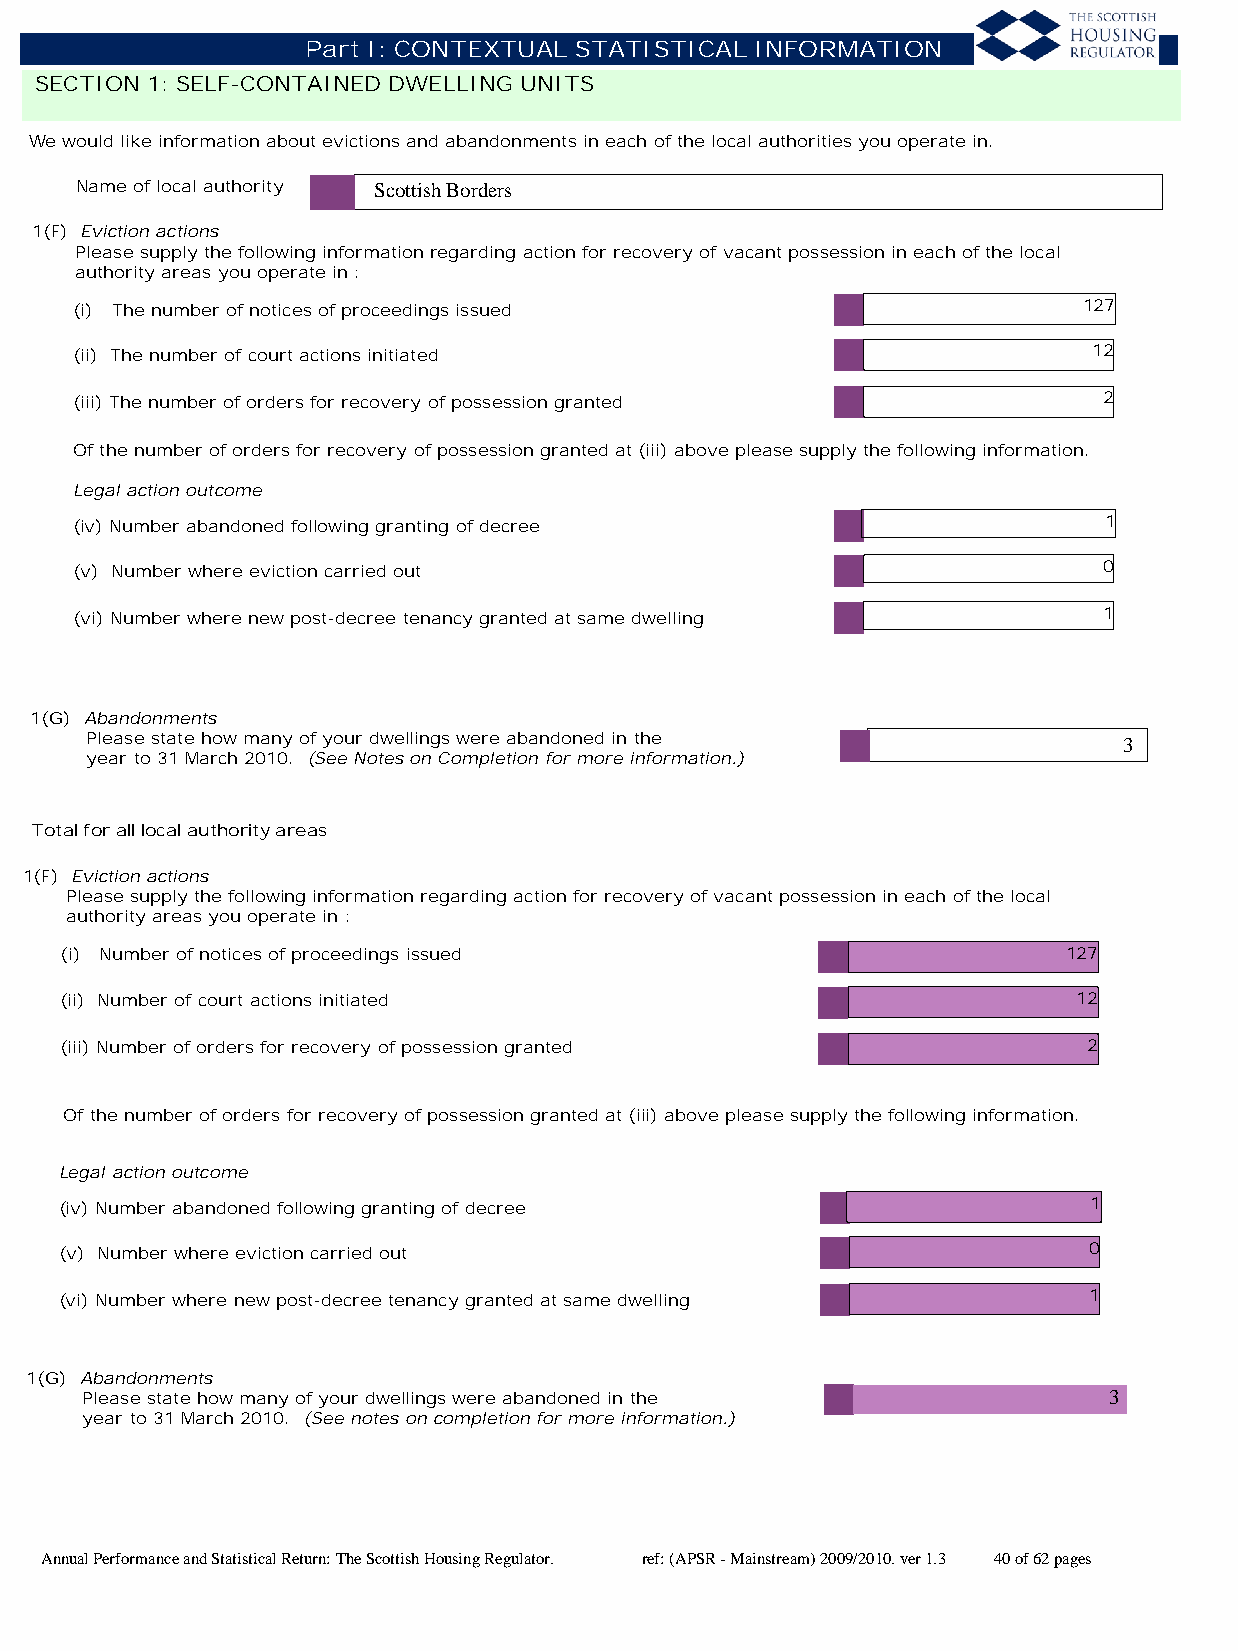
Part I: CONTEXTUAL STATISTICAL INFORMATION
 SECTION 1: SELF-CONTAINED DWELLING UNITS
 We would like information about evictions and abandonments in each of the local authorities you operate in.
 Name of local authority Scottish Borders
 1(F) Eviction actions
 Please supply the following information regarding action for recovery of vacant possession in each of the local
 authority areas you operate in :
 (i) The number of notices of proceedings issued                    127
 (ii) The number of court actions initiated                         12
 (iii) The number of orders for recovery of possession granted       2
 Of the number of orders for recovery of possession granted at (iii) above please supply the following information.
 Legal action outcome
 (iv) Number abandoned following granting of decree                  1
 (v) Number where eviction carried out                               0
 (vi) Number where new post-decree tenancy granted at same dwelling  1
 1(G) Abandonments
 Please state how many of your dwellings were abandoned in the       3
 year to 31 March 2010. (See Notes on Completion for more information.)
 Total for all local authority areas
 1(F) Eviction actions
 Please supply the following information regarding action for recovery of vacant possession in each of the local
 authority areas you operate in :
 (i) Number of notices of proceedings issued                        127
 (ii) Number of court actions initiated                             12
 (iii) Number of orders for recovery of possession granted           2
 Of the number of orders for recovery of possession granted at (iii) above please supply the following information.
 Legal action outcome
 (iv) Number abandoned following granting of decree                  1
 (v) Number where eviction carried out                               0
 (vi) Number where new post-decree tenancy granted at same dwelling  1
 1(G) Abandonments
 Please state how many of your dwellings were abandoned in the       3
 year to 31 March 2010. (See notes on completion for more information.)
 Annual Performance and Statistical Return: The Scottish Housing Regulator. ref: (APSR - Mainstream) 2009/2010. ver 1.3 40 of 62 pages